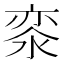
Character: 𣷖